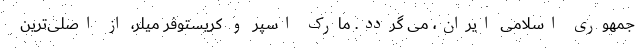
جمهوری اسلامی ایران، می گردد. مارک اسپر و کریستوفر میلر، از اصلی‌ترین